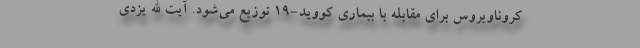
کروناویروس برای مقابله با بیماری کووید-۱۹ توزیع می‌شود. آیت الله یزدی